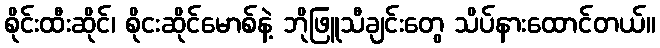
စိုင်းထီးဆိုင်၊ စိုငးဆိုင်မောစ်နဲ့ ဘိုဖြူသီချင်းတွေ သိပ်နားထောင်တယ်။